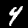
Digit: 4